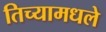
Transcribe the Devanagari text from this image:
तिच्यामधले